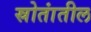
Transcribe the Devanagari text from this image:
स्रोतांतील